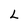
Character: L